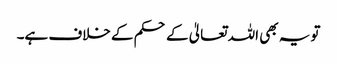
تو یہ بھی اللہ تعالیٰ کے حکم کے خلاف ہے۔